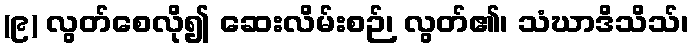
(၉) လွတ်စေလို၍ ဆေးလိမ်းစဉ်၊ လွတ်၏၊ သံဃာဒိသိသ်၊